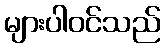
များပါဝင်သည်